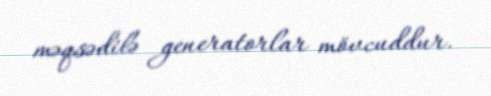
məqsədilə generatorlar mövcuddur.